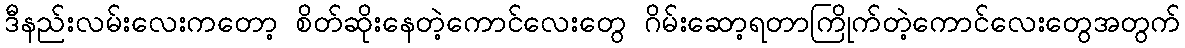
ဒီနည်းလမ်းလေးကတော့ စိတ်ဆိုးနေတဲ့ကောင်လေးတွေ ဂိမ်းဆော့ရတာကြိုက်တဲ့ကောင်လေးတွေအတွက်